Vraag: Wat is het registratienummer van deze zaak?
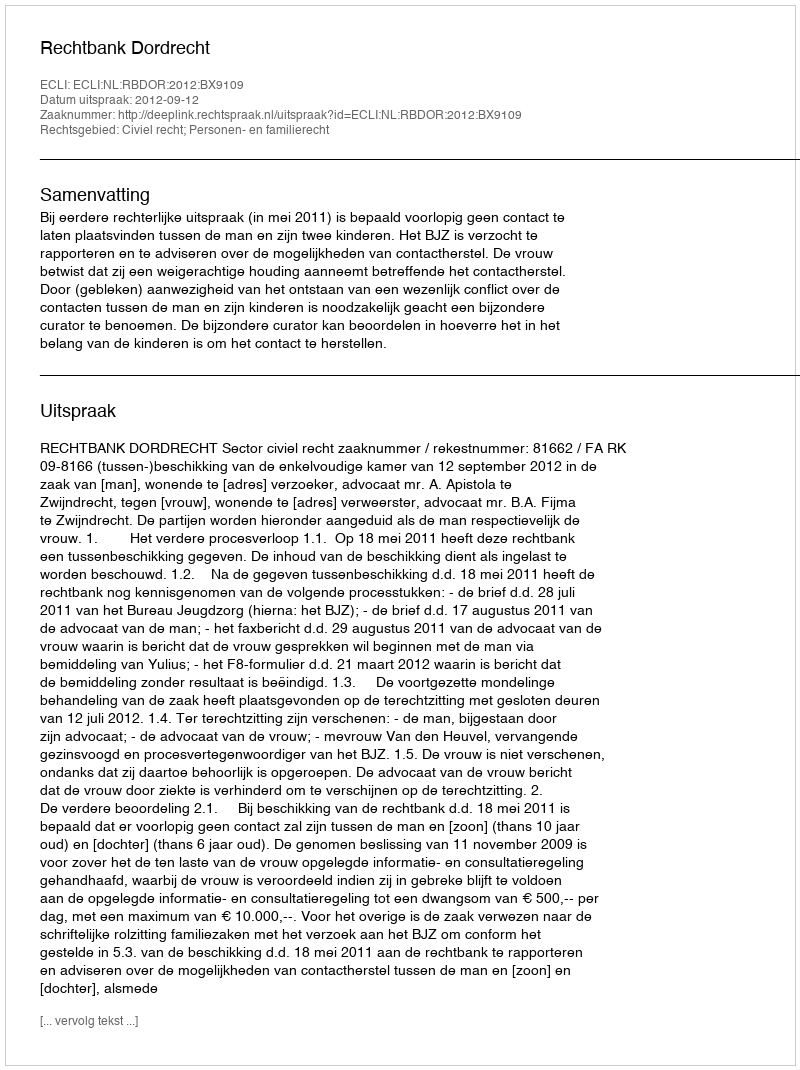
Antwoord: http://deeplink.rechtspraak.nl/uitspraak?id=ECLI:NL:RBDOR:2012:BX9109